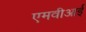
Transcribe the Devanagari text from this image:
एमवीआई